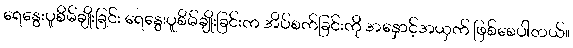
ရေနွေးပူစိမ်ချိုးခြင်း ရေနွေးပူစိမ်ချိုးခြင်းက အိပ်စက်ခြင်းကို အနှောင့်အယှက် ဖြစ်စေပါတယ်။